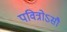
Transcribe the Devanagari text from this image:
पवित्रोऽसौ